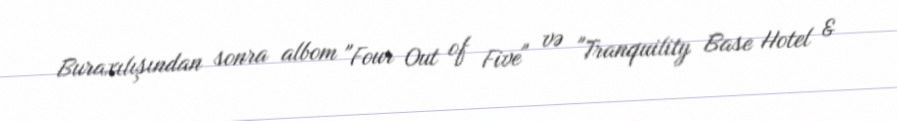
Buraxılışından sonra albom "Four Out of Five" və "Tranquility Base Hotel &